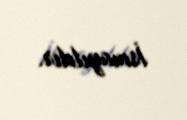
İsmayıldır.